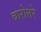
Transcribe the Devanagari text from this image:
बारोत्तरे